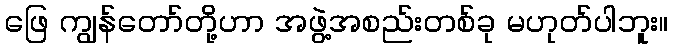
ဖြေ ကျွန်တော်တို့ဟာ အဖွဲ့အစည်းတစ်ခု မဟုတ်ပါဘူး။